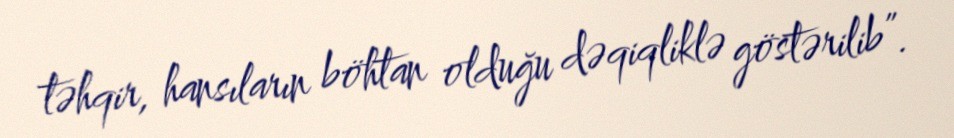
təhqir, hansıların böhtan olduğu dəqiqliklə göstərilib”.